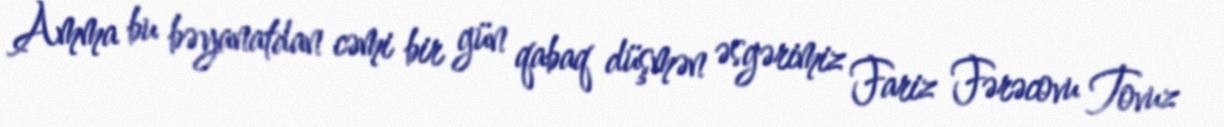
Amma bu bəyanatdan cəmi bir gün qabaq düşmən əsgərimiz Fariz Fərəcovu Tovuz